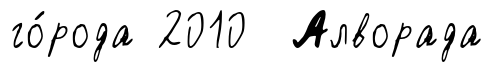
го́рода 2010 Алворада